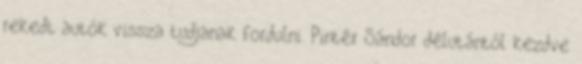
rekedt autók vissza tudjanak fordulni. Pintér Sándor délutántól kezdve